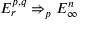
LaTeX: E _ { r } ^ { p , q } \Rightarrow _ { p } E _ { \infty } ^ { n }